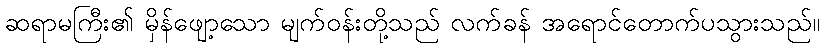
ဆရာမကြီး၏ မှိန်ဖျော့သော မျက်ဝန်းတို့သည် လက်ခန် အရောင်တောက်ပသွားသည်။